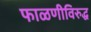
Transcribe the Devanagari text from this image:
फाळणीविरुद्ध